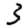
Digit: 3